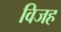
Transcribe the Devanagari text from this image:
विजह